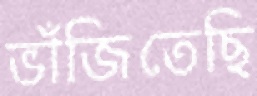
ভাঁজিতেছি